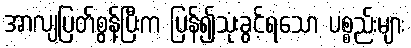
အာလျပြတ်စွန့်ပြီးက ပြန်၍သုံးခွင့်ရသော ပစ္စည်းများ